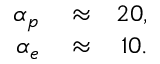
\begin{array} { r l r } { \alpha _ { p } } & { { } \approx } & { 2 0 , } \\ { \alpha _ { e } } & { { } \approx } & { 1 0 . } \end{array}